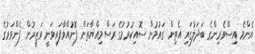
އެންމެ އިސްވެރިންގެ ބަދަލުގައި އެތިން ގައުމުން ސޮއިކުރުމުގެ ރަސްމިއްޔާތަށް ފޮނުއްވާފައިވަނީ ވަޒީރުން ފެންވަރުގެ